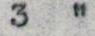
3  "